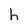
Character: h